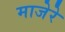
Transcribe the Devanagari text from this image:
माजेरे